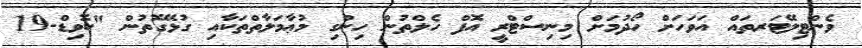
ވެންޓިލޭޓަރތައް އަވަހަށް ހޯދުމަށް މިނިސްޓްރީ އޮފް ހެލްތުން ހިންގި މުޢާމަލާތްތަކާއި ގުޅޭގޮތުން "ކޮވިޑް-19